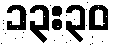
၁၃:၃၀